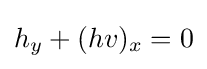
h_{y}+(hv)_{x}=0